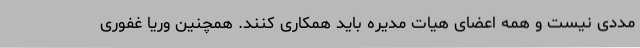
مددی نیست و همه اعضای هیات مدیره باید همکاری کنند. همچنین وریا غفوری